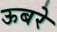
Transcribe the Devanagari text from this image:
ऊबरे